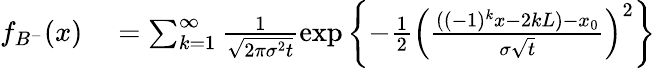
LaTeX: \begin{array}{rl}{f_{B^{-}}(x)}&{{}=\sum_{k=1}^{\infty}\frac{1}{\sqrt{2\pi\sigma^{2}t}}\exp\left\lbrace-\frac{1}{2}\left(\frac{((-1)^{k}x-2kL)-x_{0}}{\sigma\sqrt{t}}\right)^{2}\right\rbrace}\end{array}